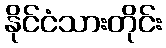
နိုင်ငံသားတိုင်း